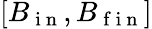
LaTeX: [B_{\mathrm{~i~n~}},B_{\mathrm{~f~i~n~}}]